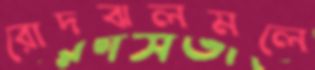
রোদঝলমলে